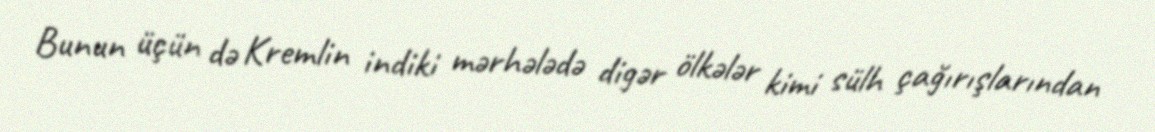
Bunun üçün də Kremlin indiki mərhələdə digər ölkələr kimi sülh çağırışlarından